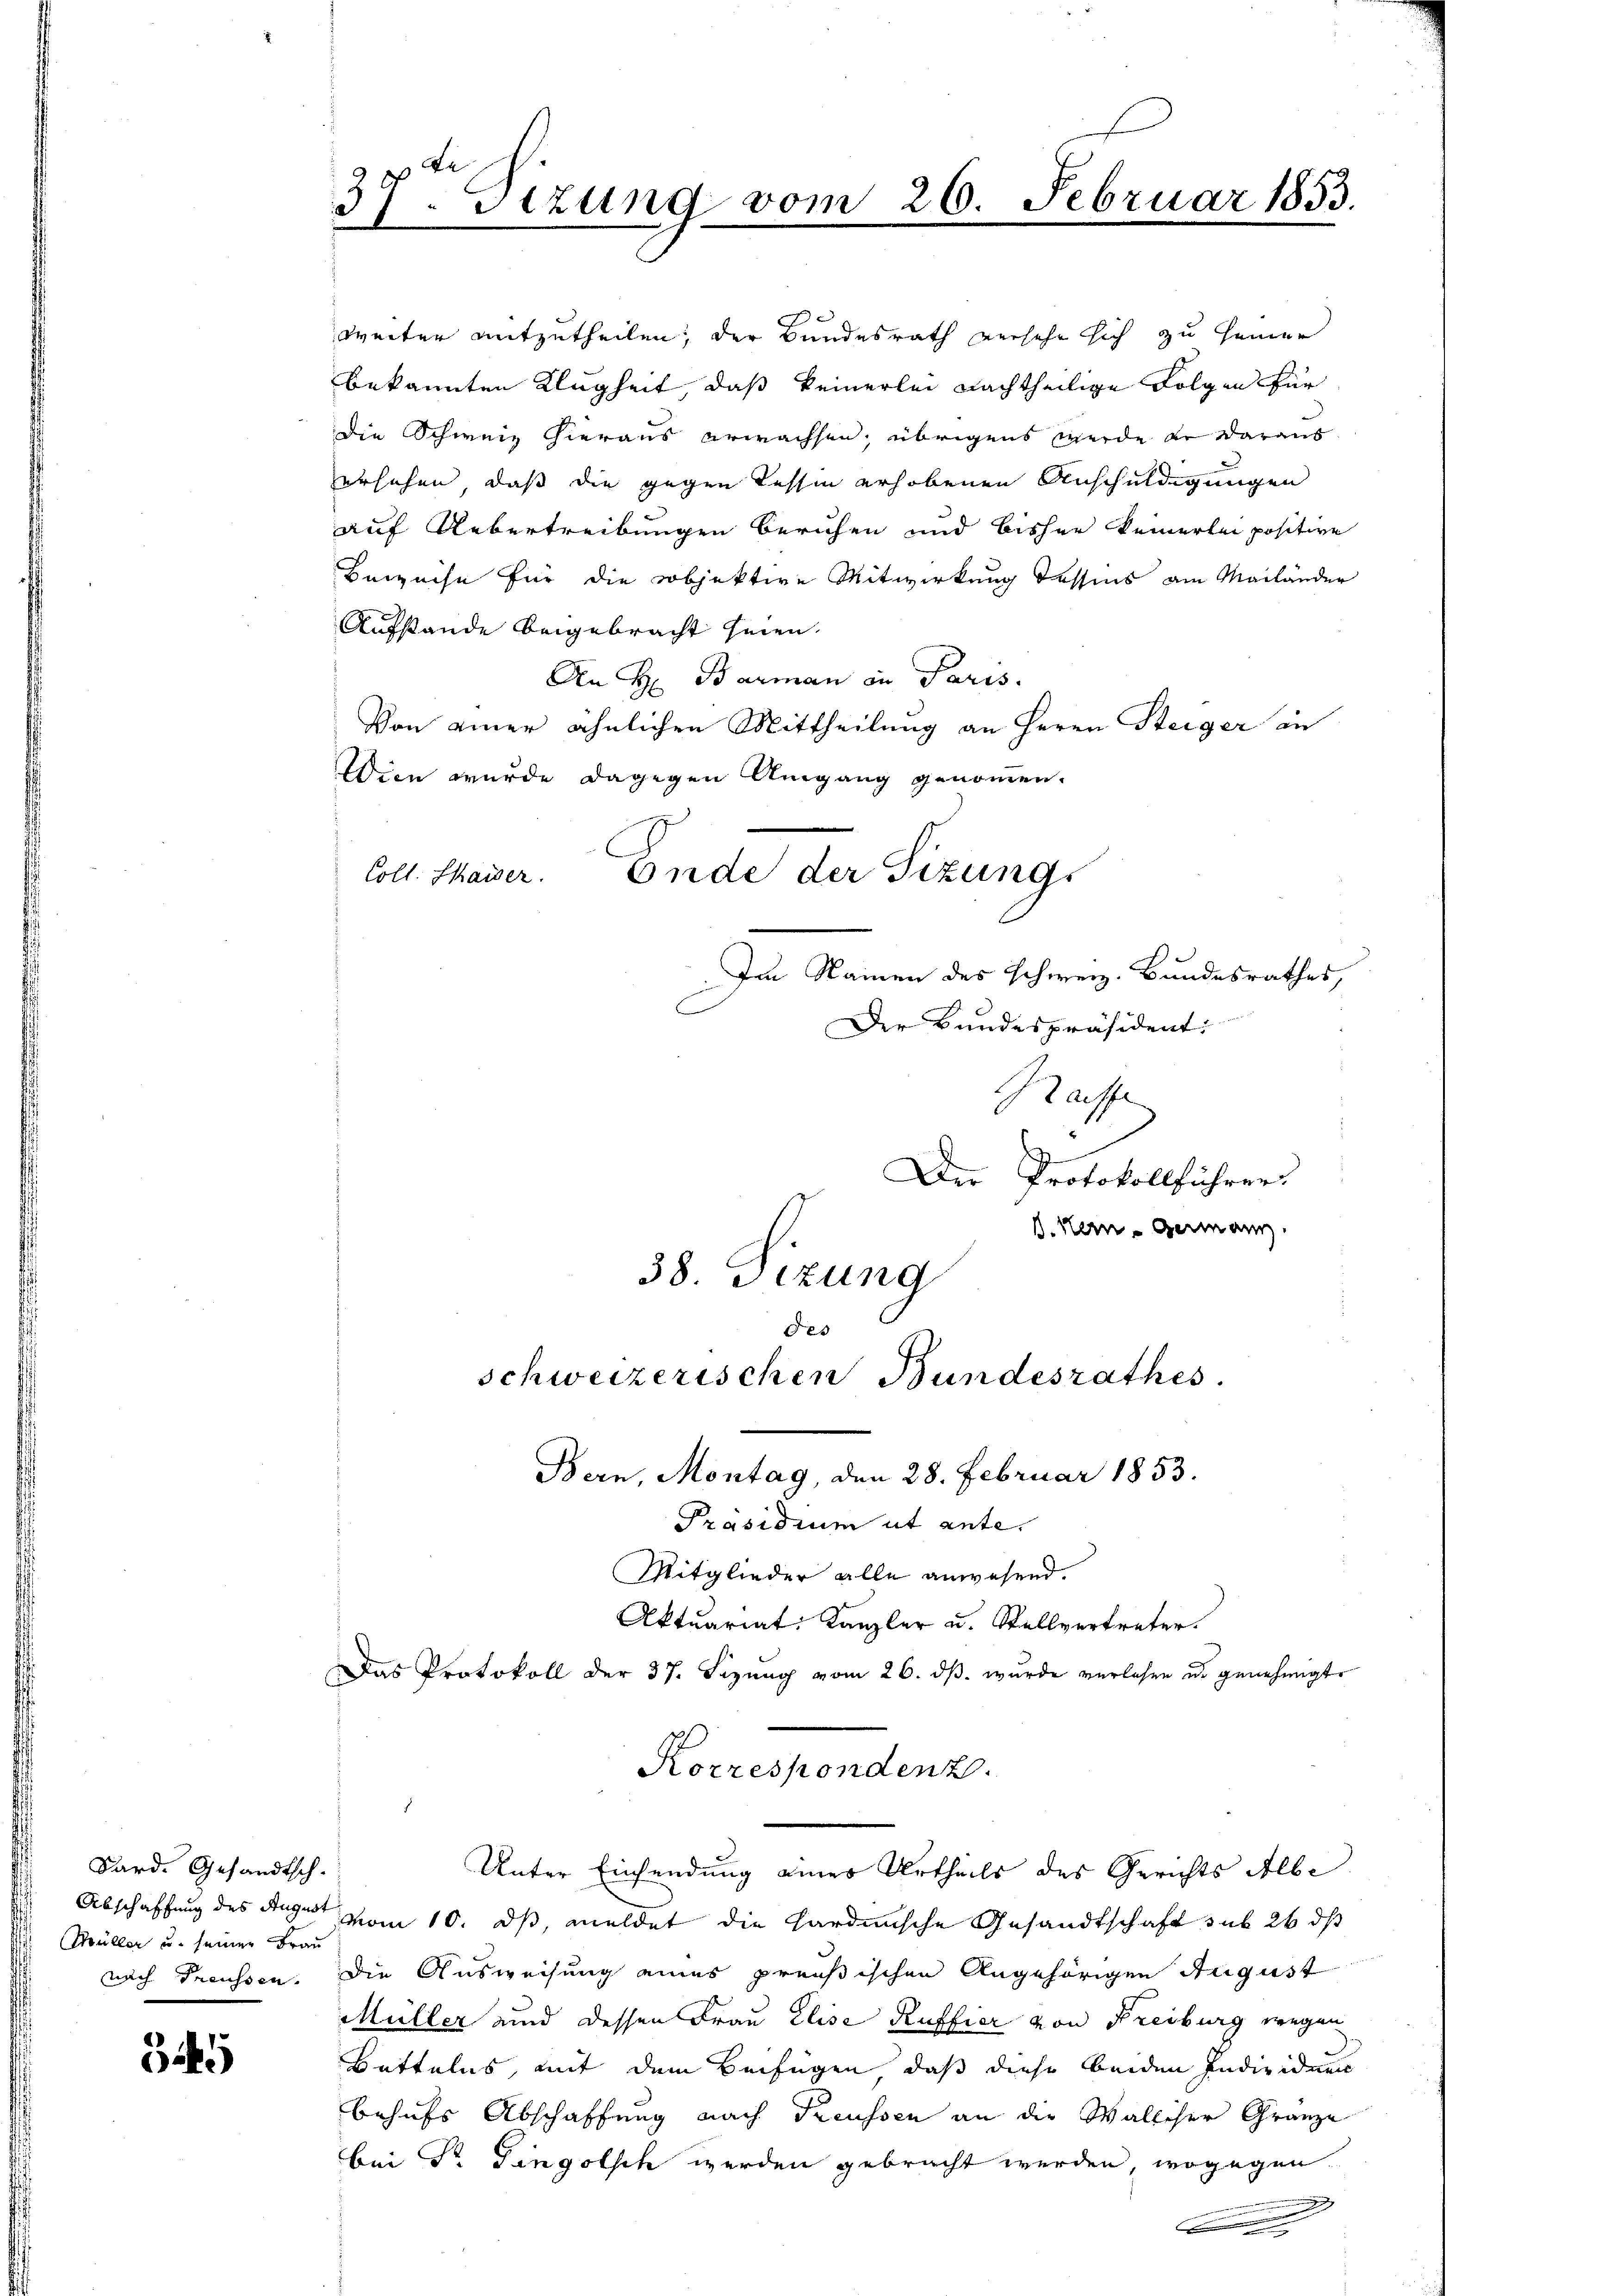
Bard. Gesandtsch.
.
Müller u. seiner Frau
nach Treussen.

5

37. Sizung vom 26. Februar 1853.

weiter mitzutheilen, der Bundesrath versehe sich zu seiner
bekannten Klugheit, daß keinerlei nachtheilige Folgen für
die Schweiz hieraus erwachsen, übrigens werde er daraus
ersehen, daß die gegen Tessin erhobenen Anschuldigungen
auf Uebertreibungen beruhen und bisher keinerlei positive
Beweise für die objektive Mitwirkung dessens am Mailänder
Aufstande beigebracht seien.
An H. Barman in Paris.
Von einer ähnlichen Mittheilung an Herrn Steiger in
Wien wurde dagegen Umgang genommen.
Ende der Sizungs
Coll. Chaiser.
Im Namen des schweiz. Bundesrathes,
Der Bundespräsident:
Raiffe
u
Der Protokollführer
V. Nein Germann.
38. Sizung
des

schweizerischen Bundesrathes.

Bern, Montag, den 28. Februar 1853.
Präsidium ut ente.
Mitglieder alle anwesend.
Aktuariat Kanzler u. Stellvertreter.
Das Protokoll der 37. Sezŭng vom 26. dβ. wurde verlesen es genehmigt.
Korrespondenz.

Unter Einsendung einer Urtheils des Gerichts Albe

Abschaffung des Tage vom 10. ds, meldet die Hardinische Gesandtschaft sub 26 dß
Die Ausweisung eines preußischen Angehörigen August
Müller und dessen Frau Elise Ruffier von Freiburg wegen
Bettelns, mit dem Beifügen, daß diese beiden Individuen
behufs Abschaffung nach Treussen an die Wallicher Gränze
bei Dr. Gingolsch werden gebracht werden, wogegen
e
|